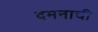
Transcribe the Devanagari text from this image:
दमनाची